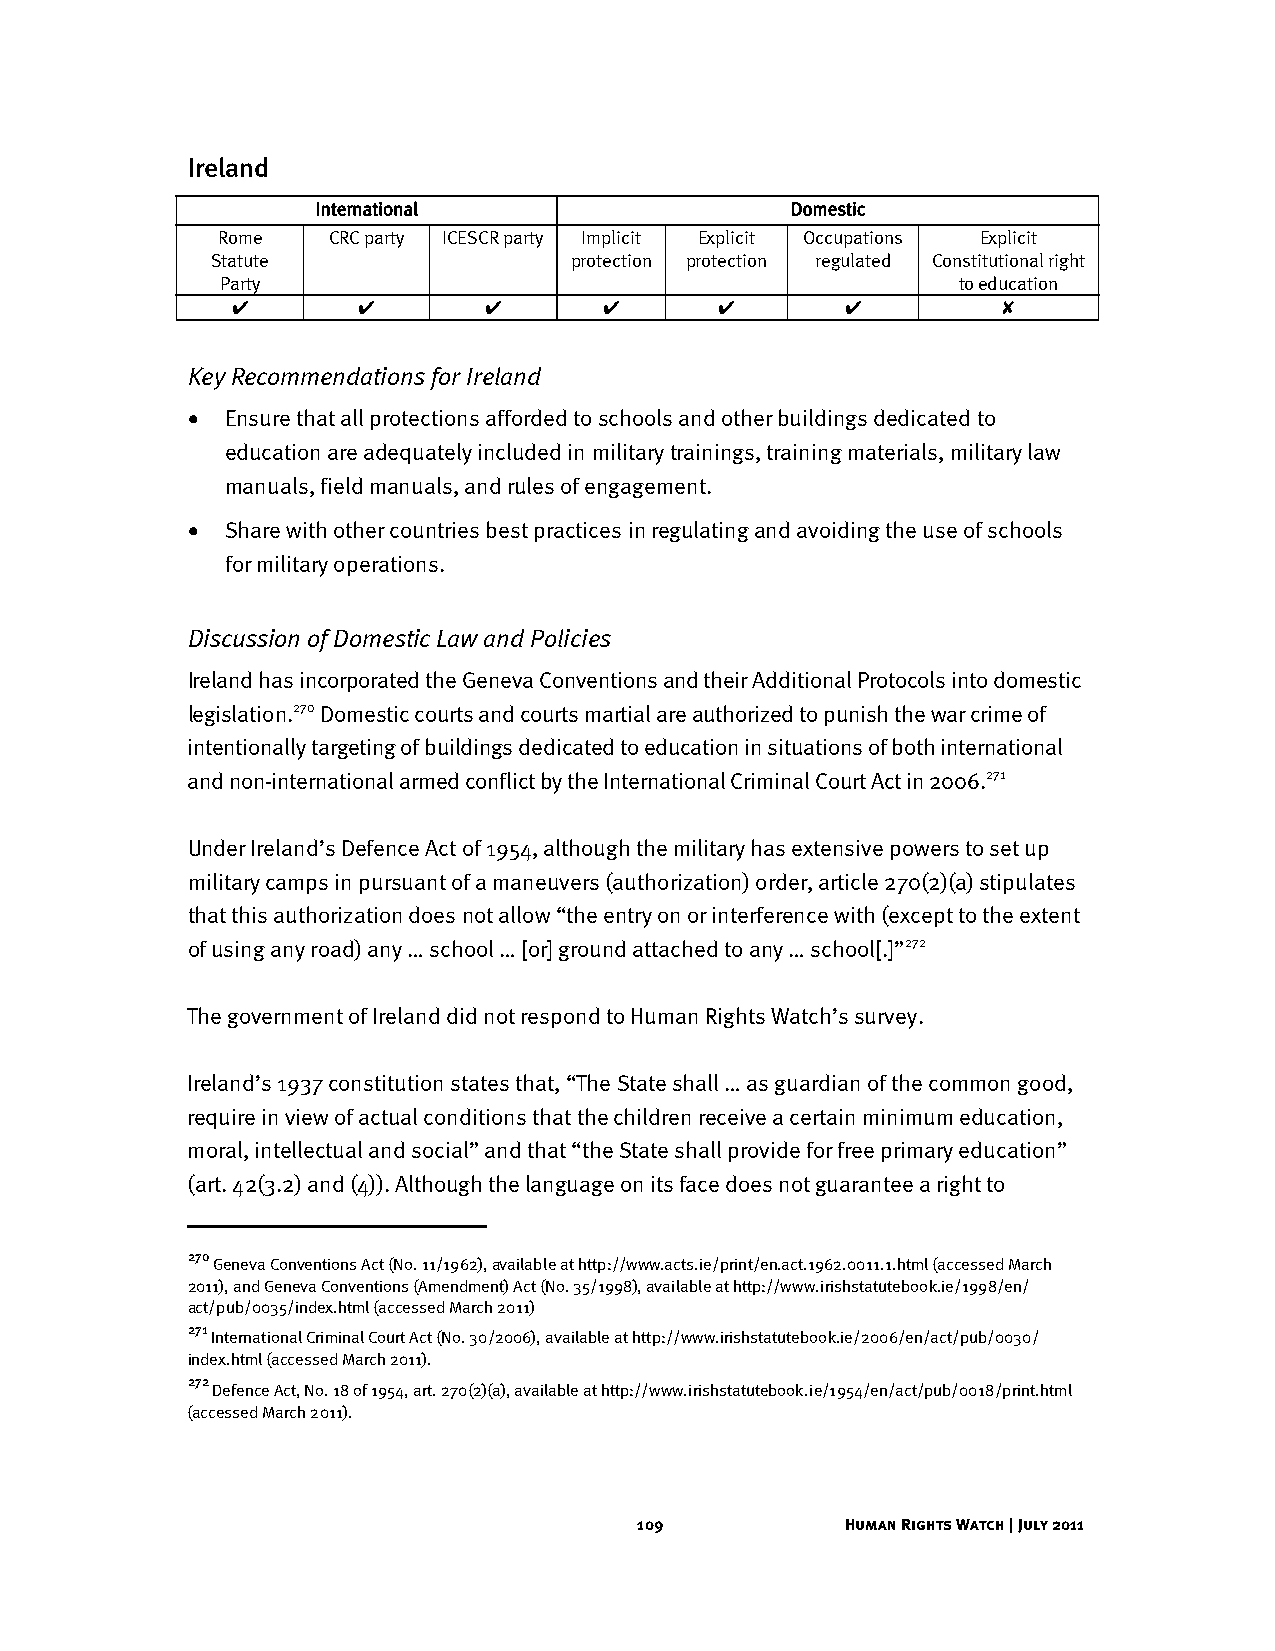
Ireland
 International                  Domestic
 Rome    CRC party ICESCR party Implicit Explicit Occupations Explicit
 Statute                 protection protection regulated Constitutional right
 Party                                           to education
 ✔        ✔       ✔       ✔      ✔        ✔         ✘
 Key Recommendations for Ireland
 •  Ensure that all protections afforded to schools and other buildings dedicated to
 education are adequately included in military trainings, training materials, military law
 manuals, field manuals, and rules of engagement.
 •  Share with other countries best practices in regulating and avoiding the use of schools
 for military operations.
 Discussion of Domestic Law and Policies
 Ireland has incorporated the Geneva Conventions and their Additional Protocols into domestic
 legislation.270 Domestic courts and courts martial are authorized to punish the war crime of
 intentionally targeting of buildings dedicated to education in situations of both international
 and non-international armed conflict by the International Criminal Court Act in 2006.271
 Under Ireland’s Defence Act of 1954, although the military has extensive powers to set up
 military camps in pursuant of a maneuvers (authorization) order, article 270(2)(a) stipulates
 that this authorization does not allow “the entry on or interference with (except to the extent
 of using any road) any … school … [or] ground attached to any … school[.]”272
 The government of Ireland did not respond to Human Rights Watch’s survey.
 Ireland’s 1937 constitution states that, “The State shall … as guardian of the common good,
 require in view of actual conditions that the children receive a certain minimum education,
 moral, intellectual and social” and that “the State shall provide for free primary education”
 (art. 42(3.2) and (4)). Although the language on its face does not guarantee a right to
 270
 Geneva Conventions Act (No. 11/1962), available at http://www.acts.ie/print/en.act.1962.0011.1.html (accessed March
 2011), and Geneva Conventions (Amendment) Act (No. 35/1998), available at http://www.irishstatutebook.ie/1998/en/
 act/pub/0035/index.html (accessed March 2011)
 271
 International Criminal Court Act (No. 30/2006), available at http://www.irishstatutebook.ie/2006/en/act/pub/0030/
 index.html (accessed March 2011).
 272
 Defence Act, No. 18 of 1954, art. 270(2)(a), available at http://www.irishstatutebook.ie/1954/en/act/pub/0018/print.html
 (accessed March 2011).
 109           Human Rights Watch | July 2011